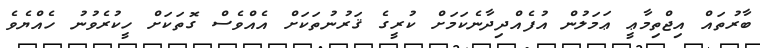
ބާރުތައް އިޖްތިމާޢީ ޢަމަލުން އުފެއްދިދާނެކަމަށް ކުރީގެ ޤަރުނުތަކަށް އެއްވެސް ގޮތަކަށް ހީކުރެވުނު ހެއްޔެވެ